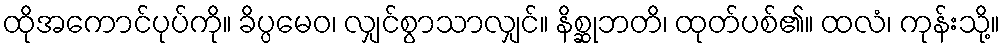
ထိုအကောင်ပုပ်ကို။ ခိပ္ပမေဝ၊ လျှင်စွာသာလျှင်။ နိစ္ဆုဘတိ၊ ထုတ်ပစ်၏။ ထလံ၊ ကုန်းသို့။